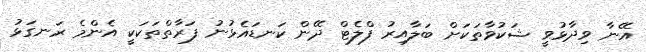
އޭނާ ވިދާޅުވީ ޝަކުވާތަކަށް ބަލާއިރު ފްލެޓް ދޭން ކަނޑައެޅުނު ފަރާތްތަކަކީ އެންމެ ރަނގަޅު